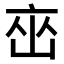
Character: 𬽋